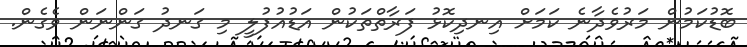
ބޮޑުކަމުން މަރުވެދާނެ ކަމަށް އިނދިކޮޅު ފަރާތްތަކުން އަޑުއުފުލީ މި ގަނދު ގަންނަން ވެގެން.